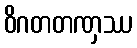
ဝိဂတတဏှဿ